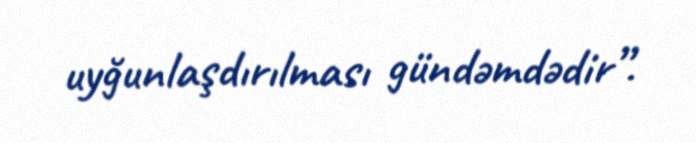
uyğunlaşdırılması gündəmdədir”.